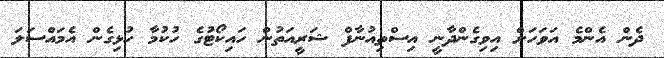
ދެން އެންމެ އަވަހަށް އިވިގެންދާނީ އިސްތިއުނާފް ޝަރީއަތުން ހައިކޯޓުގެ ހުކުމާ ހުޅިގެން އެމައްސަލަ